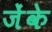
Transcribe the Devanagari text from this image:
जेंके